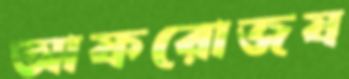
আফরোজষ